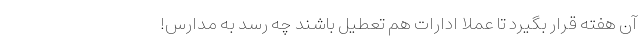
آن هفته قرار بگیرد تا عملا ادارات هم تعطیل باشند چه رسد به مدارس!